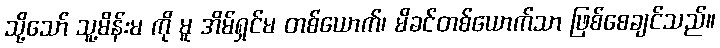
သို့သော် သူ့မိန်းမ ကို မူ အိမ်ရှင်မ တစ်ယောက်၊ မိခင်တစ်ယောက်သာ ဖြစ်စေချင်သည်။